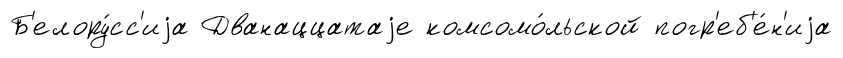
Б'елору́сс'иjа Дванаццатаjе комсомо́льской погр'еб'е́н'иjа